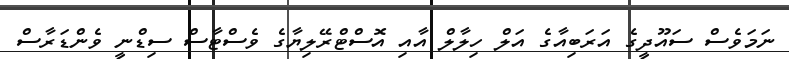
ނަމަވެސް ސައޫދީގެ އަރަބިއާގެ އަލް ހިލާލް އާއި އޮސްޓްރޭލިޔާގެ ވެސްޓާސް ސިޑްނީ ވެންޑަރާސް